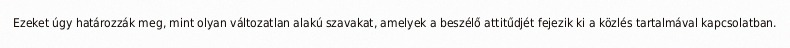
Ezeket úgy határozzák meg, mint olyan változatlan alakú szavakat, amelyek a beszélő attitűdjét fejezik ki a közlés tartalmával kapcsolatban.